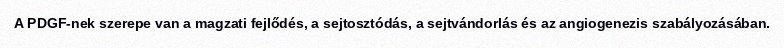
A PDGF-nek szerepe van a magzati fejlődés, a sejtosztódás, a sejtvándorlás és az angiogenezis szabályozásában.